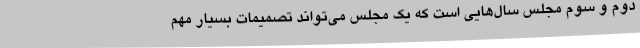
دوم و سوم مجلس سال‌هایی است که یک مجلس می‌تواند تصمیمات بسیار مهم